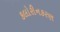
કલોરીનકરણ